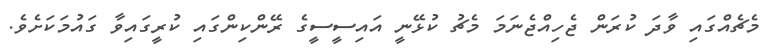
މެޗެއްގައި ވާދަ ކުރަން ޖެހިއްޖެނަމަ މެޗު ކުޅޭނީ އައިސީސީގެ ރޭންކިންގައި ކުރީގައިވާ ގައުމަކަށެވެ.